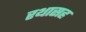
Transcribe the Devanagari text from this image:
रथासह